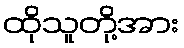
ထိုသူတို့အား